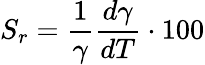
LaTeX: S_{r}=\frac{1}{\gamma}\frac{d\gamma}{dT}\cdot 100